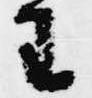
王